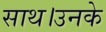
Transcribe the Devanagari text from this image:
साथ।उनके